Annual administration report of the Civil Veterinary Department of India - 1893-1894
Year: 1893
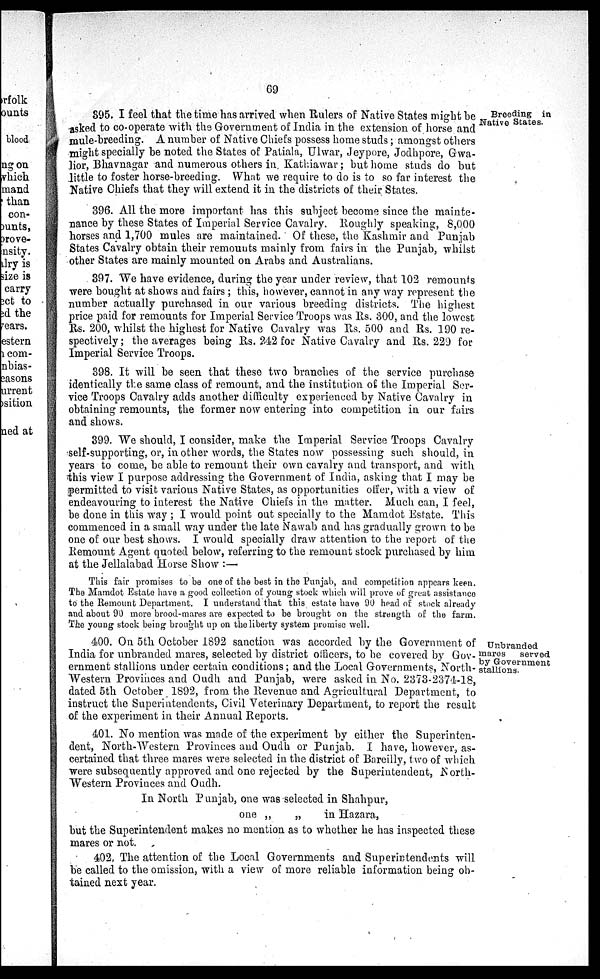
69
Breeding in
Native States.
395. I feel that the time has arrived when Rulers of Native States might be
asked to co-operate with the Government of India in the extension of horse and
mule-breeding. A number of Native Chiefs possess home studs; amongst others
might specially be noted the States of Patiala, Ulwar, Jeypore, Jodhpore, Gwa-
lior, Bhavnagar and numerous others in Katkiawar; but home studs do but
little to foster horse-breeding. What we require to do is to so far interest the
Native Chiefs that they will extend it in the districts of their States.
396. All the more important has this subject become since the mainte-
nance by these States of Imperial Service Cavalry. Roughly speaking, 8,000
horses and 1,700 mules are maintained. Of these, the Kashmir and Punjab
States Cavalry obtain their remounts mainly from fairs in the Punjab, whilst
other States are mainly mounted on Arabs and Australians.
397. We have evidence, during the year under review, that 102 remounts
were bought at shows and fairs; this, however, cannot in any way represent the
number actually purchased in our various breeding districts. The highest
price paid for remounts for Imperial Service Troops was Rs. 300, and the lowest
Rs. 200, whilst the highest for Native Cavalry was Rs. 500 and Rs. 190 re-
spectively; the averages being Rs. 242 for Native Cavalry and Rs. 229 for
Imperial Service Troops.
398. It will be seen that these two branches of the service purchase
identically the same class of remount, and the institution of the Imperial Ser-
vice Troops Cavalry adds another difficulty experienced by Native Cavalry in
obtaining remounts, the former now entering into competition in our fairs
and shows.
399. We should, I consider, make the Imperial Service Troops Cavalry
self-supporting, or, in other words, the States now possessing such should, in
years to come, be able to remount their own cavalry and transport, and with
this view I purpose addressing the Government of India, asking that I may be
permitted to visit various Native States, as opportunities offer, with a view of
endeavouring to interest the Native Chiefs in the matter. Much can, I feel,
be done in this way; I would point out specially to the Mamdot Estate. This
commenced in a small way under the late Nawab and has gradually grown to be
one of our best shows. I would specially draw attention to the report of the
Remount Agent quoted below, referring to the remount stock purchased by him
at the Jellalabad Horse Show:—
This fair promises to be one of the best in the Punjab, and competition appears keen.
The Mamdot Estate have a good collection of young stock which will prove of great assistance
to the Remount Department. I understand that this estate have 90 head of stock already
and about 90 more brood-mares are expected to be brought on the strength of the farm.
The young stock being brought up on the liberty system promise well.
Unbranded
mares
served
by Government
stallions.
400. On 5th October 1892 sanction was accorded by the Government of
India for unbranded mares, selected by district officers, to be covered by Gov-
ernment stallions under certain conditions; and the Local Governments, North-
-estern Provinces and Oudh and Punjab, were asked in No. 2373-2374-18,
dated 5th October 1892, from the Revenue and Agricultural Department, to
instruct the Superintendents, Civil Veterinary Department, to report the result
of the experiment in their Annual Reports.
401. No mention was made of the experiment by either the Superinten-
dent, North-Western Provinces and Oudh or Punjab. I have, however, as-
certained that three mares were selected in the district of Bareilly, two of which
were subsequently approved and one rejected by the Superintendent, North-
Western Provinces and Oudh.
In North Punjab, one was selected in Shahpur,
one „
„
in Hazara,
but the Superintendent makes no mention as to whether he has inspected these
mares or not.
402, The attention of the Local Governments and Superintendents will
be called to the omission, with a view of more reliable information being ob-
tained next year.